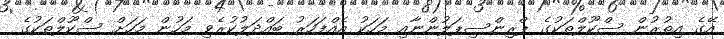
އޭގެ އިތުރުން ސްކޫލްތަކުގެ ޕްރިންސިޕަލުންނާއި މަހަކު އެއްފަހަރު ބައްދަލުކުރެވި މަހުން މަހަށް ސްކޫލްތަކުގެ